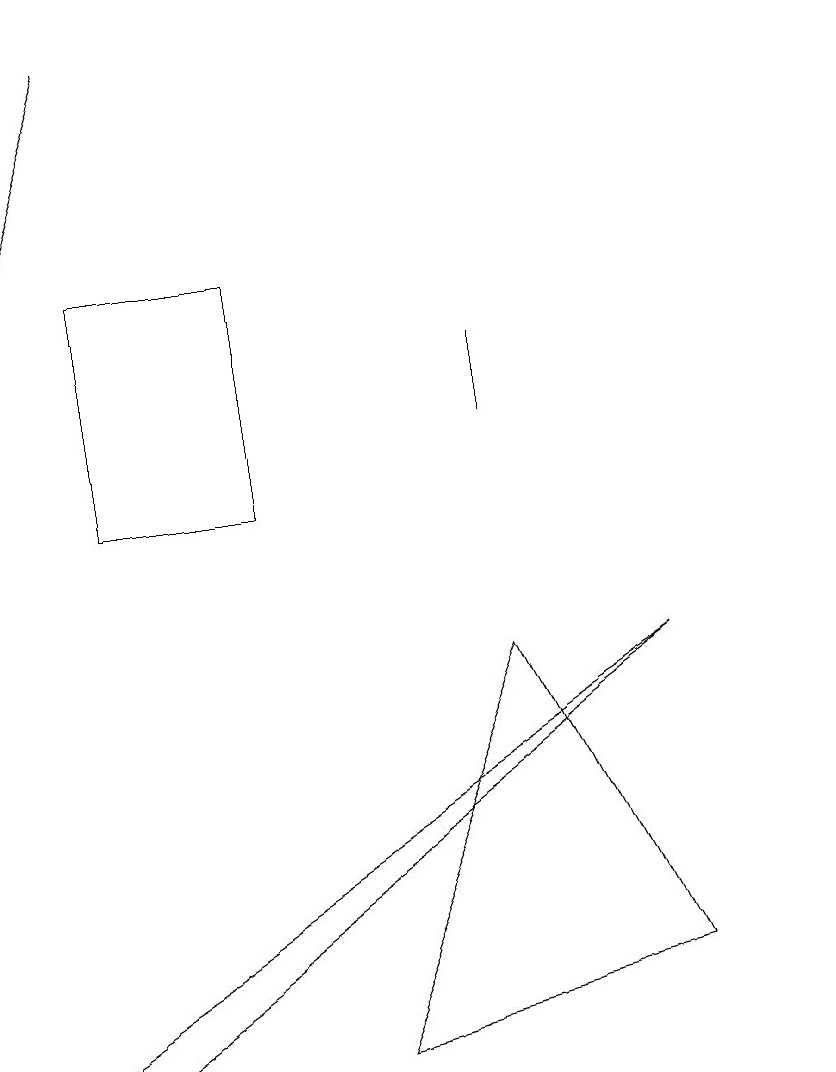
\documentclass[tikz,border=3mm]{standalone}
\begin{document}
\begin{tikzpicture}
\draw (4,14) rectangle (2,11);
\draw (11,11) circle (0);
\draw (7,12) rectangle (7,13);
\draw (1,4) -- (2,4) -- (9,9) -- cycle;
\draw (9,5) -- (5,4) -- (7,9) -- cycle;
\draw[->] (2,17) -- (1,14);
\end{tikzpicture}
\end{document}